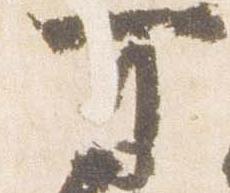
可